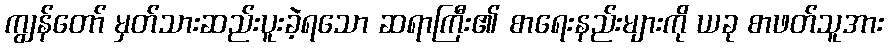
ကျွန်တော် မှတ်သားဆည်းပူးခဲ့ရသော ဆရာကြီး၏ စာရေးနည်းများကို ယခု စာဖတ်သူအား